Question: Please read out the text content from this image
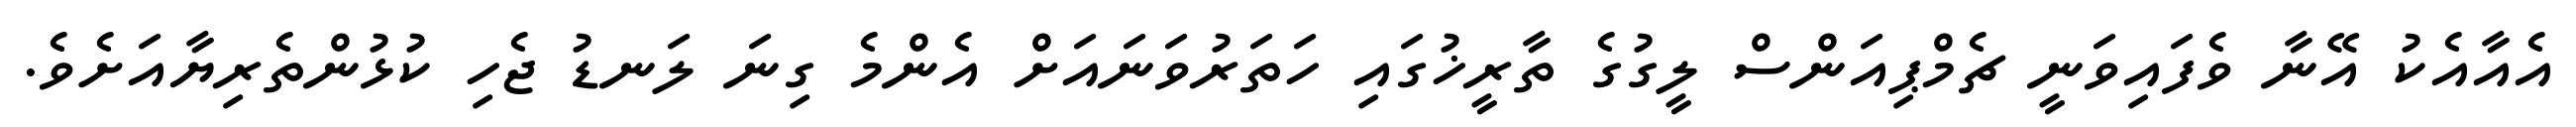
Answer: އެއާއެކު އޭނާ ވެފައިވަނީ ޗެމްޕިއަންސް ލީގުގެ ތާރީޚުގައި ހަތަރުވަނައަށް އެންމެ ގިނަ ލަނޑު ޖެހި ކުޅުންތެރިޔާއަށެވެ.